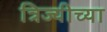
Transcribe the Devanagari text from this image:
त्रिज्यीच्या